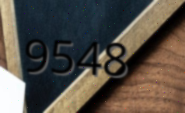
9548